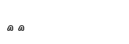
٨٥